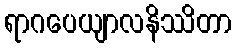
ရာဂပေယျာလနိဿိတာ